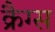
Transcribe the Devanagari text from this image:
क्रैग्स